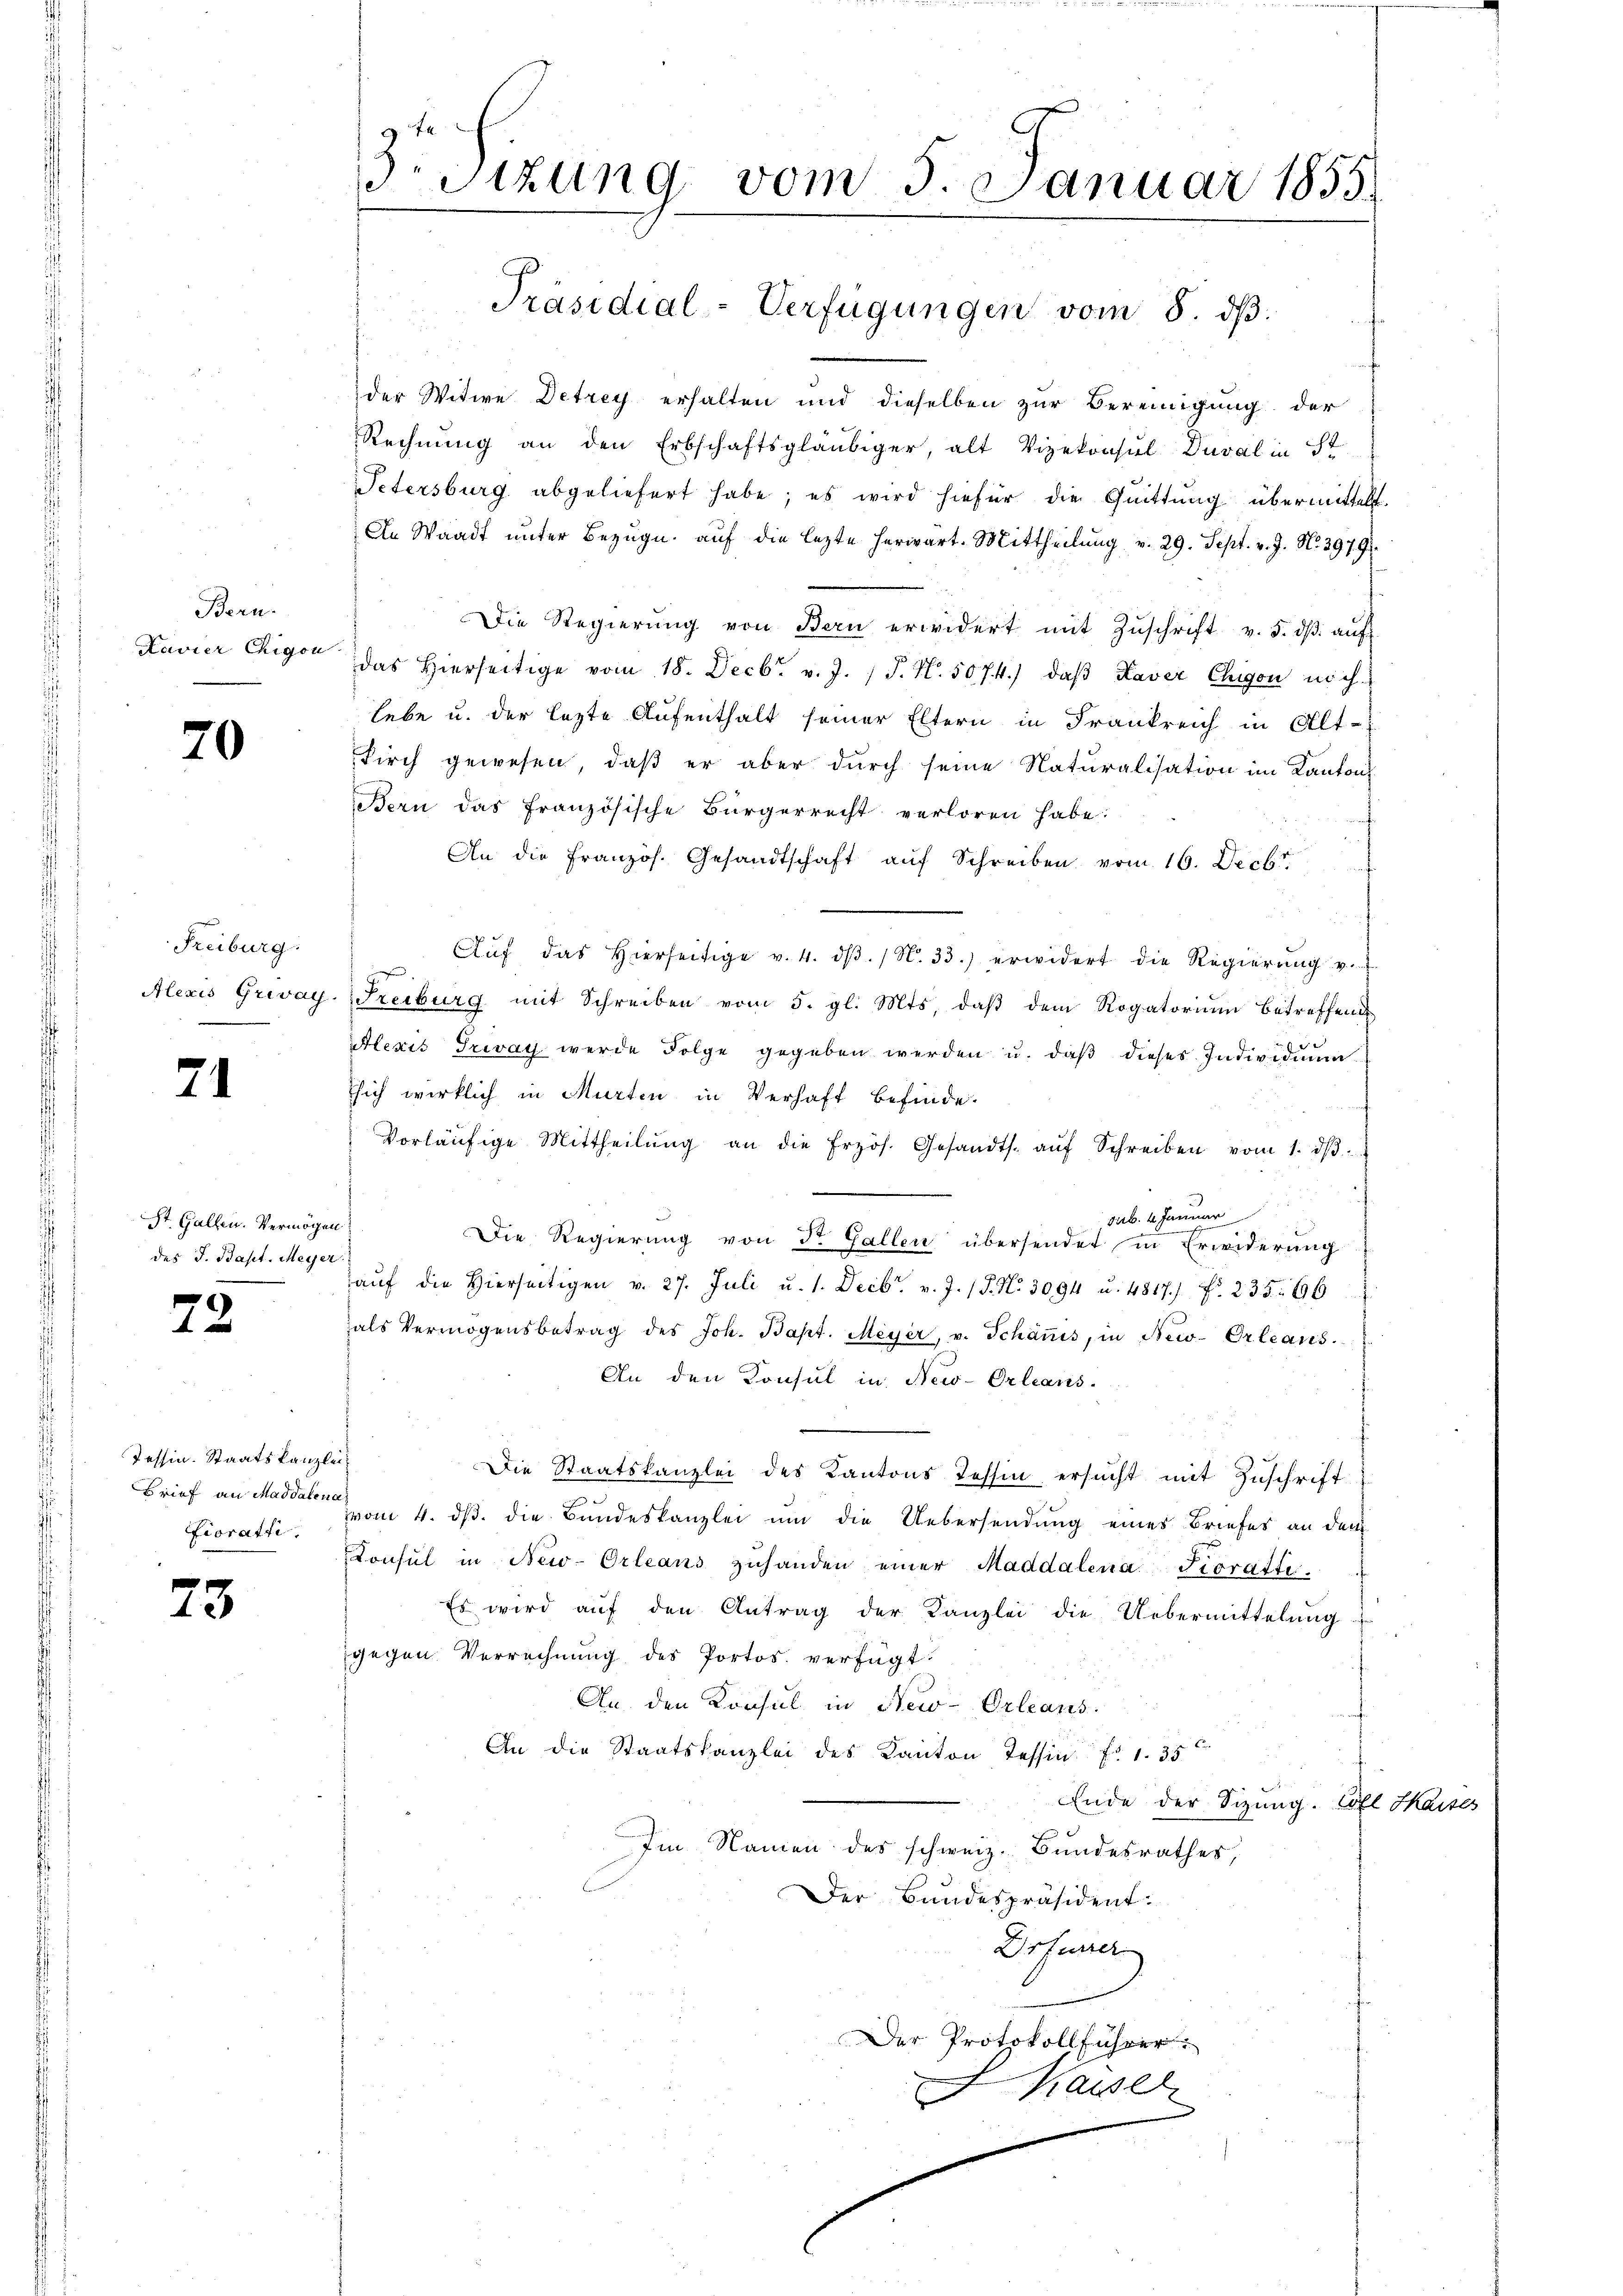
Bern.
Kavier Chigon

20

Freiburg:

71

St. Gallen. Vermögen
des J. Bapt. Meyer.

72

Tessin. Staatskanzlei
Fiorati

73

rsizung vom 5. Januar 1855

Präsidial-Verfügungen vom 8. dβ.

der Witwe Detrey erhalten und dieselben zur Bereinigung der
Rechnung an den Erbschaftsgläubiger, alt Vizekonsul Duval in St
Petersburg abgeliefert habe; es wird hiefür die Quittung übermittelt.
In Waadt unter Bezug auf die lezte herwart. Mittheilung v. 29. Sept. v. J. No. 3979
Die Regierŭng von Bern erwidert mit Zŭschrift v. 5. dβ aŭf
das hierseitige vom 18. Decbr. v. J. J. N. 5074.) daβ Kaver Chigon nich
lebe u. der lezte Aufenthalt seiner Eltern in Frankreich in Alt-
Kirch gewesen, daß er aber durch seine Naturalisation im Kantons
Bern das französische Bürgerrecht verloren habe:
An die Französ. Gesandtschaft aŭf Schreiben vom 16. Decbr.
Aŭf das hierseitige v. 4. dβ. / N. 33.) erwidert die Regierung v.
Alexis Grevay. (Freiburg mit Schreiben vom 5. gl. Mts. daβ dem Rogatoriŭm betreffend
Alexis Trivay werde Folge gegeben werden u. daβ dieses Individuum
sich wirklich in Murten in Verhaft befinde.
f
Vorläŭfige Mittheilŭng an die frzös. Gesandts. aŭf Schreiben vom 1. dβ.
sub. 4. Januar
Die Regierŭng von Dr. Gallen übersendet in Erwiderung
aŭf die Hierseitigen v. 27. Juli u. s. Decbr. v. J. J. N. 3094 u. 4817.) Fr. 235. 66
als Vermögensbetrag des Joh. Bapt. Meyer, v. Schäṅis, in New-Orleans
An den Konsul in New-Orleans
Die Staatskanzlei des Kantons Tessin ersucht mit Zuschrift
Brief an Massen 4. dß. die Bundeskanzlei um die Uebersendung eines Briefes an den
Konsul in New-Orleans zŭhanden einer Maddalena Fioratte.
Es wird auf den Antrag der Kanzlei die Uebermittelung
gegen Verrechnung des Portos. verfügt:
An den Konsul in New-Orleans.
An die Staatskanzlei des Kanton Tessin Fr. 1. 35
Ende der Sizung. Soll Kaises
Im Namen des schweiz. Bundesrathes,
Der Bundespräsident.
Drfurrer
Der Protokollführer.
Kasser